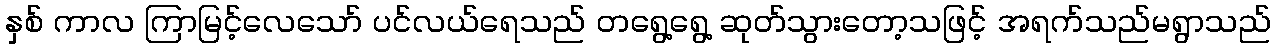
နှစ် ကာလ ကြာမြင့်လေသော် ပင်လယ်ရေသည် တရွေ့ရွေ့ ဆုတ်သွားတော့သဖြင့် အရက်သည်မရွာသည်